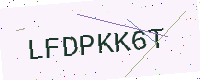
Text: LFDPKK6T